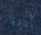
فردة